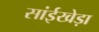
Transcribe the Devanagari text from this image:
सांईखेड़ा